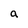
Character: a